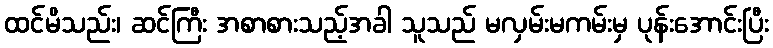
ထင်မိသည်း၊ ဆင်ကြီး အစာစားသည့်အခါ သူသည် မလှမ်းမကမ်းမှ ပုန်းအောင်းပြီး